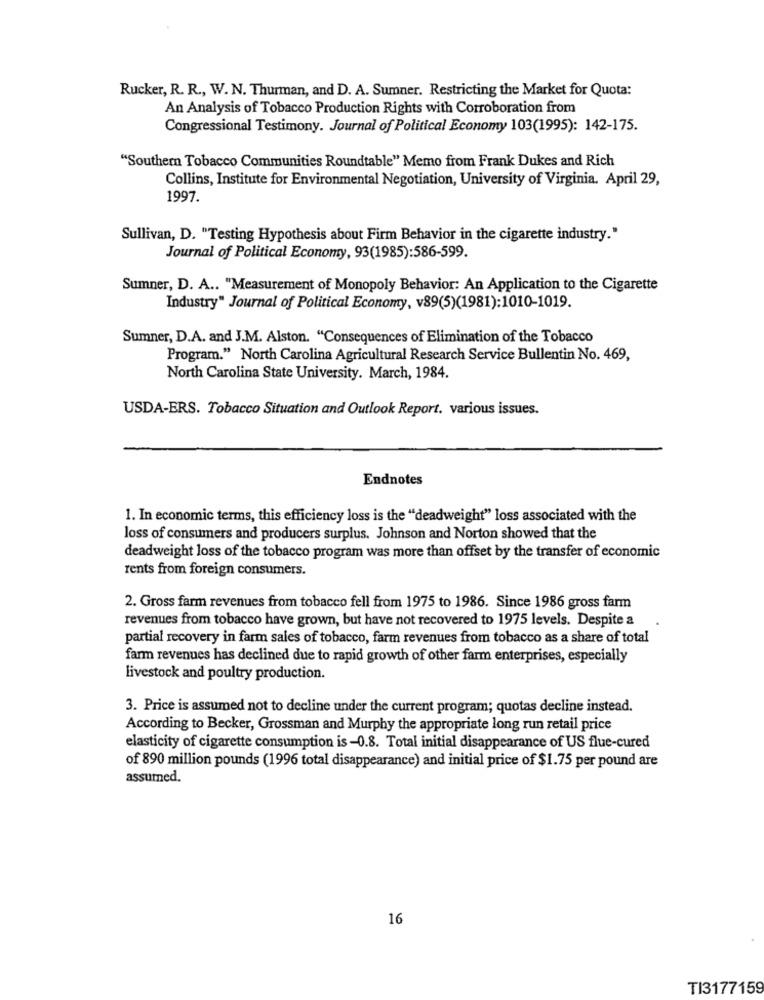
Rucker, R. R ., W. N. Thurman, and D. A. Sumner. Restricting the Market for Quota:
An Analysis of Tobacco Production Rights with Corroboration from
Congressional Testimony. Journal of Political Economy 103(1995): 142-175.
"Southern Tobacco Communities Roundtable" Memo from Frank Dukes and Rich
Collins, Institute for Environmental Negotiation, University of Virginia. April 29,
1997.
Sullivan, D. "Testing Hypothesis about Firm Behavior in the cigarette industry."
Journal of Political Economy, 93(1985):586-599.
Sumner, D. A .. "Measurement of Monopoly Behavior: An Application to the Cigarette
Industry" Journal of Political Economy, v89(5)(1981):1010-1019.
Sumner, D.A. and J.M. Alston. "Consequences of Elimination of the Tobacco
Program." North Carolina Agricultural Research Service Bullentin No. 469,
North Carolina State University. March, 1984.
USDA-ERS. Tobacco Situation and Outlook Report. various issues.
Endnotes
1. In economic terms, this efficiency loss is the "deadweight" loss associated with the
loss of consumers and producers surplus. Johnson and Norton showed that the
deadweight loss of the tobacco program was more than offset by the transfer of economic
rents from foreign consumers.
2. Gross farm revenues from tobacco fell from 1975 to 1986. Since 1986 gross farm
revenues from tobacco have grown, but have not recovered to 1975 levels. Despite a
partial recovery in farm sales of tobacco, farm revenues from tobacco as a share of total
farm revenues has declined due to rapid growth of other farm enterprises, especially
livestock and poultry production.
3. Price is assumed not to decline under the current program; quotas decline instead.
According to Becker, Grossman and Murphy the appropriate long run retail price
elasticity of cigarette consumption is-0.8. Total initial disappearance of US flue-cured
of 890 million pounds (1996 total disappearance) and initial price of $1.75 per pound are
assumed.
16
TI3177159